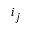
i _ { j }